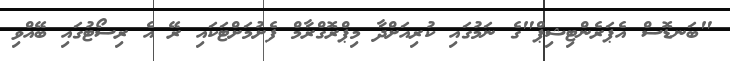
"ބަނޑޮސް އެޕަރެންޓިޝިޕް"ގެ ނަމުގައި ކުރިއަށްދާ މިޕްރޮގްރާމް ފެށުމަށްޓަކައި ރޭ އެ ރިސޯޓުގައި ބޭއްވި